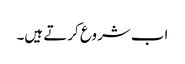
اب شروع کرتے ہیں۔